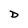
Character: D